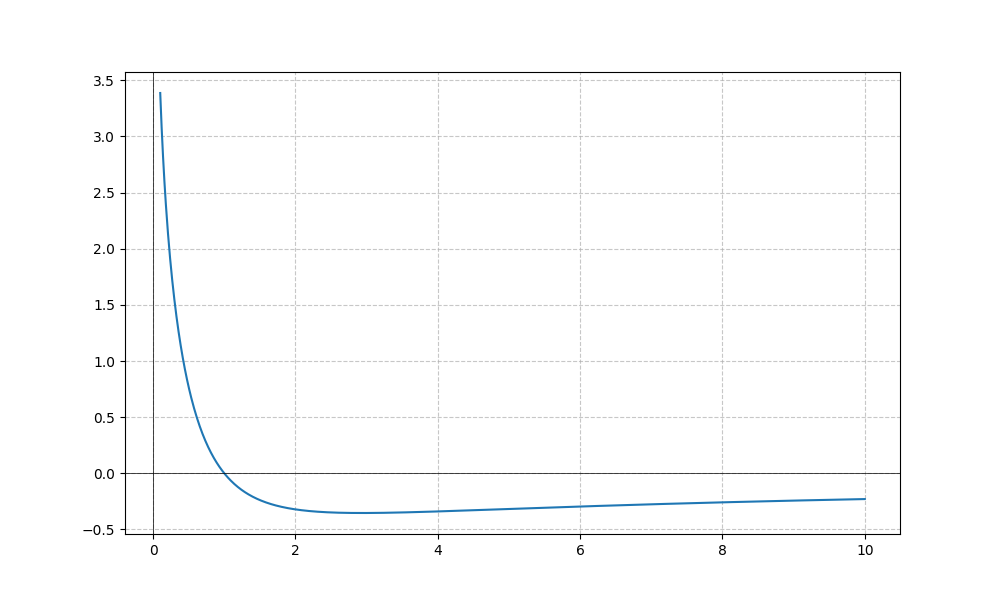
LaTeX formula: - \log{\left(x \right)} \operatorname{acot}{\left(x \right)}